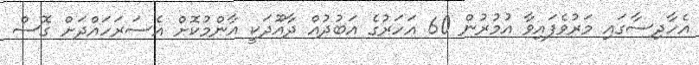
އެހާދިސާގައި މަރުވެފައިވާ އުމުރުން 60 އަހަރުގެ އަބުދުއް ދާއޫދަކީ އާންމުކޮށް އެސަރަހައްދަށް ގޮސް